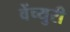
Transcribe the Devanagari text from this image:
वेंच्युरी